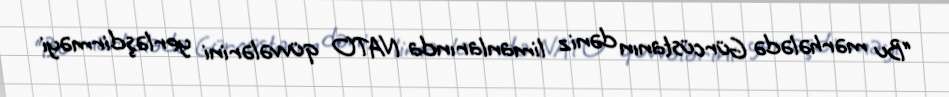
“Bu mərhələdə Gürcüstanın dəniz limanlarında NATO qüvvələrini yerləşdirməyi